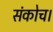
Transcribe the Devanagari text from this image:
संकोच।